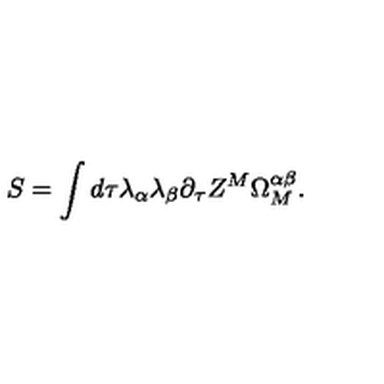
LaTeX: S = \int d \tau \lambda _ { \alpha } \lambda _ { \beta } \partial _ { \tau } Z ^ { M } \Omega _ { M } ^ { \alpha \beta } .